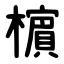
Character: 㯽